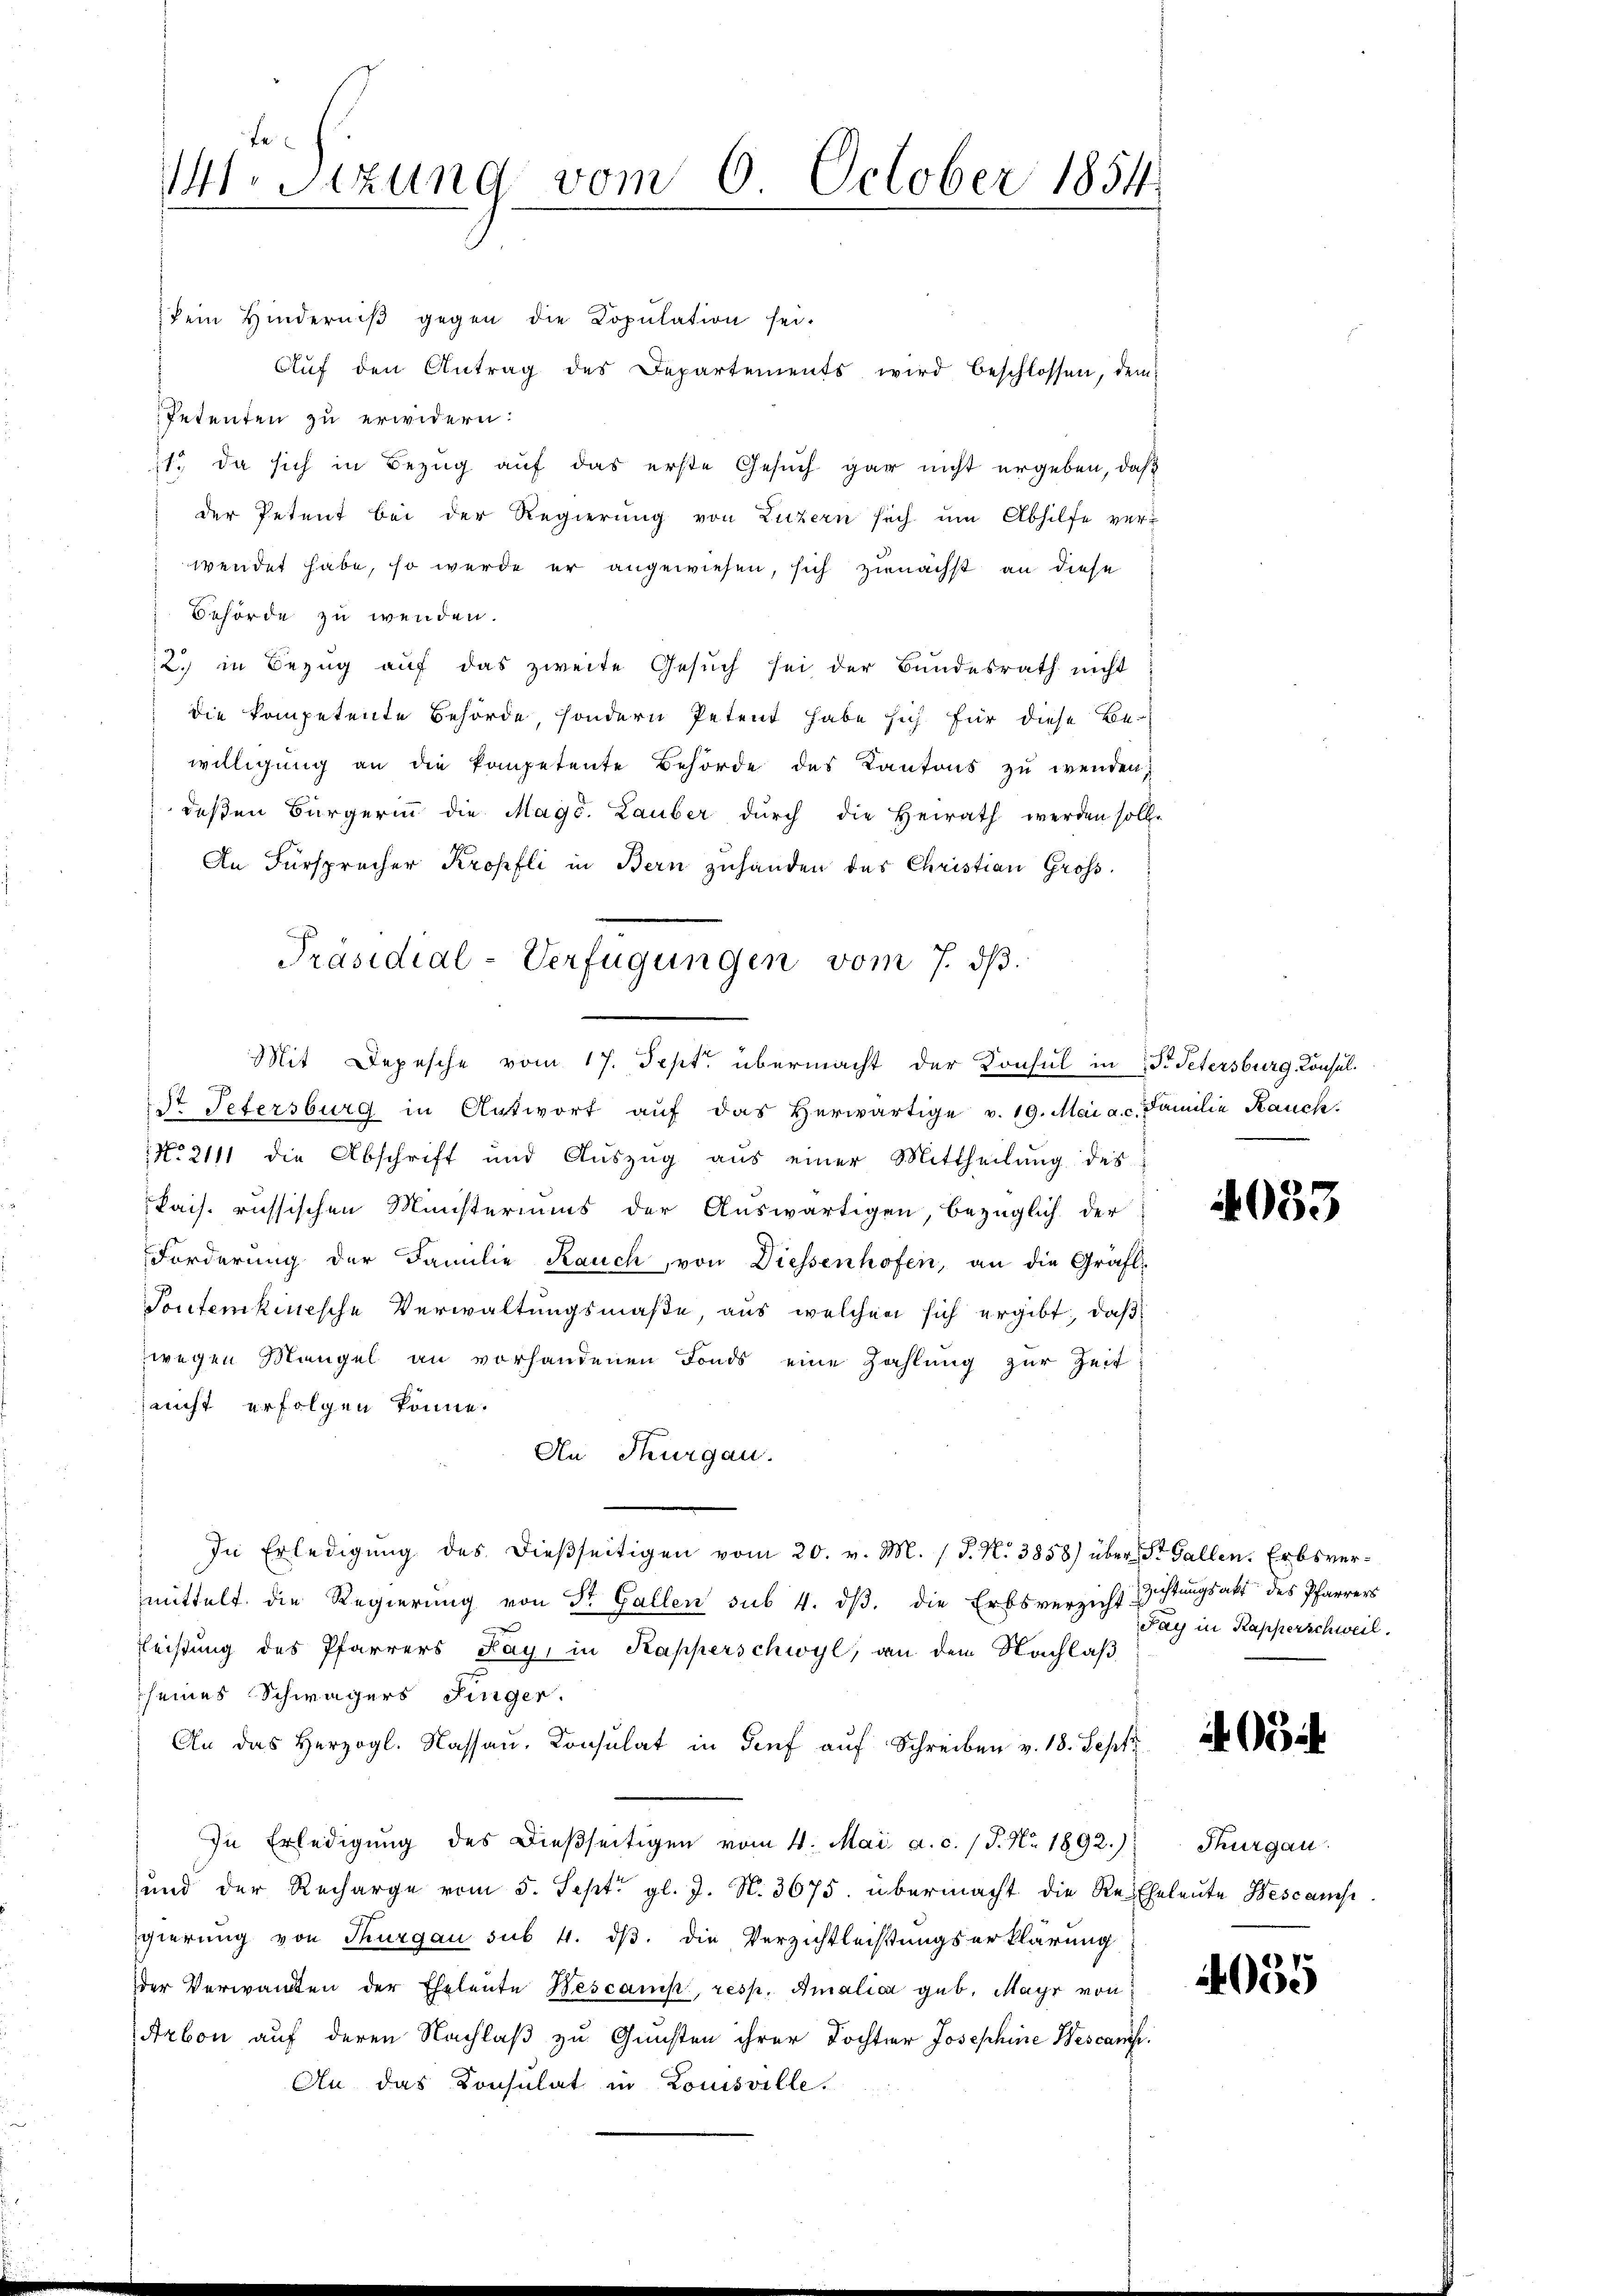
dem Hinderniβ gegen die Copŭlation sei.
Aŭf den Antrag des Departements wird beschlossen, dem
Petenten zu erwidern:
11. da sich in Bezug auf das erste Gesuch gar nicht ergeben, daß
der Petent bei der Regierung von Luzern sich um Abhilfe verwendet habe, so werde er angewiesen, sich zunächst an diese
Behörde zu wenden.
2) in Bezug auf das zweite Gesuch sei der Bundesrath nicht
die kompetente Behörde, sondern Petent habe sich für diese Be-
willigung an die kompetente Behörde des Kantons zu wenden,
deβen Bürgerin die Magd. Lauber dŭrch die Heirath werden soll.
An Fürsprecher Kropfli in Bern zuhanden das Christian Groß¬
7
dr Petersburg in Antwort aŭf das Herwärtige v. 19. Mai a. c. Familie Kauch
No 2111 die Abschrift und Auszug aus einer Mittheilung des
kais. russischen Ministeriums der Auswärtigen, bezüglich der
Forderŭng der Familie Rauch von Diessenhofen, an die Gräfl.
Tontenkinische Verwaltungsmaße, aus welchen sich ergibt, daß
wegen Mangel an vorhandenen Fonds eine Zahlung zur Zeit
nicht erfolgen könne.
An Thurgau.
In Erledigung des dießseitigen vom 20. v. M. (T. N. 3858) über St. Gallen. Erbsvermittelt die Regierŭng von St. Gallen sub 4. dβ. die Erbsverzicht istŭngsakt des Pfarrers
leistung des Pfarrers Fay, in Kapperschwyl, an dem Nachlaß
seines Schwägers Jinger.
An das herzogl. Kassau, Consulat in Genf aŭf Schreiben v. 18. Sept
In Erledigung des Dießseitigen vom 4. Mai a. c. / P. Nr. 1892.)
und der Recharge vom 5. Sept gl. J. N. 3675. übermacht die Re-Eheleute Wescamst
gierung von Thurgau sub. 4. dβ. die Verzichtleistungserklärung
der Verwandten der Eheleute Bescamp, resp. Amalia geb. Mayr von
Arbon auf deren Nachlaß zu Gunsten ihrer Tochter Josephine Wescanöse.
An das Konsulat in Louisville.

fe
.Sizung vom 6. October 1854.

Präsidial-Verfügungen vom 7. ds.
Mit Depesche vom 17. Sept. übermacht der Konsul in Dr. Petersburg, Konsul¬

4033

Pay in Kapperschweil.

05

Thurgau.

4035